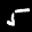
Label: 5